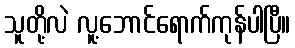
သူတို့လဲ လူ့ဘောင်ရောက်ကုန်ပါပြီ။